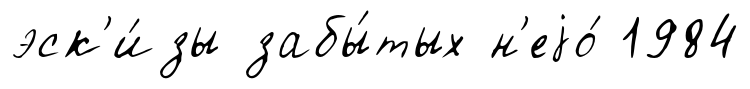
эск'и́зы забы́тых н'еjо́ 1984